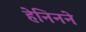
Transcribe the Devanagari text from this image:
हेनिनने